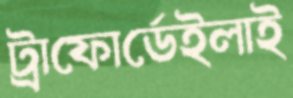
ট্রাফোর্ডেইলাই